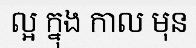
ល្អ ក្នុង កាល មុន